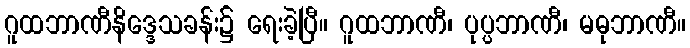
ဂူထဘာဏီနိဒ္ဒေသခန်း၌ ရေးခဲ့ပြီ။ ဂူထဘာဏီ၊ ပုပ္ပဘာဏီ၊ မဓုဘာဏီ။